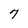
Character: 7